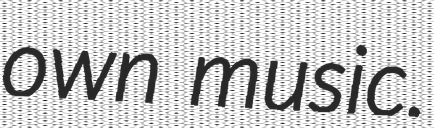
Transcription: own music.